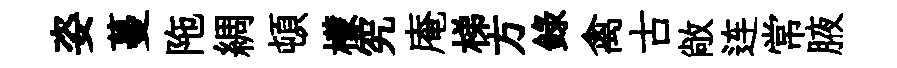
姿蔓陁綢頓檬究庵梯方錄禽古敞连常腋